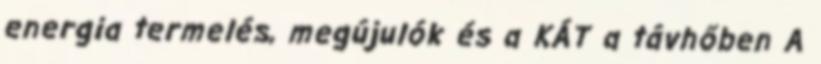
energia termelés, megújulók és a KÁT a távhőben A